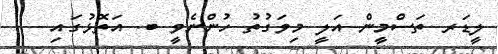
ލީޑަރ ތަސްމީން އަލީ މިވަގުތު ހުންނެވީ ބ. އަތޮޅުގައި